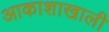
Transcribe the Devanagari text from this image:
आकाशाखाली